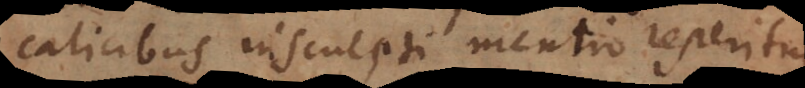
cibus insculpti mentio reperitur